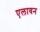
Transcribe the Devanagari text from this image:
एलावन